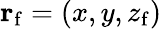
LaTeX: {\mathbf r}_{\mathrm{f}}=(x,y,z_{\mathrm{f}})